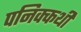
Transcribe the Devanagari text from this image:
पनिक्कथी